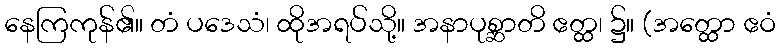
နေကြကုန်၏။ တံ ပဒေသံ၊ ထိုအရပ်သို့။ အနာပုစ္ဆာတိ ဧတ္ထ၊ ၌။ (အတ္ထော ဧဝံ